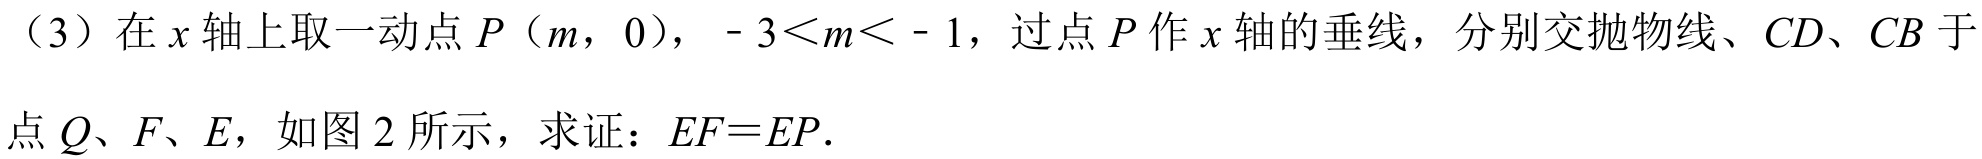
（3）在 \(x\) 轴上取一动点 \(P(m,0)\)，\(-3 < m < - 1\)，过点 \(P\) 作 \(x\) 轴的垂线，分别交抛物线、\(CD\)、\(CB\) 于点 \(Q\)、\(F\)、\(E\)，如图 2 所示，求证：\(EF = EP\)．